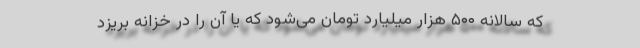
که سالانه ۵۰۰ هزار میلیارد تومان می‌شود که یا آن را در خزانه بریزد